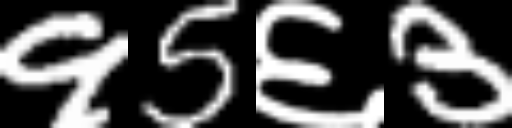
Text: 95६3